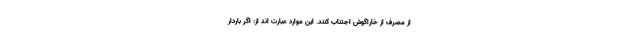
از مصرف از خاراگوش اجتناب کنند. این موارد عبارت اند از: اگر باردار